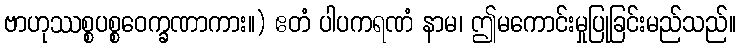
ဗာဟုဿစ္စပစ္စဝေက္ခဏာကား။) ဧတံ ပါပကရဏံ နာမ၊ ဤမကောင်းမှုပြုခြင်းမည်သည်။